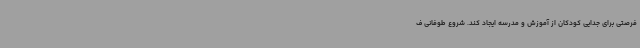
فرصتی برای جدایی کودکان از آموزش و مدرسه ایجاد کند. شروع طوفانی ف